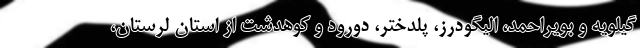
گیلویه و بویراحمد، الیگودرز، پلدختر، دورود و کوهدشت از استان لرستان،